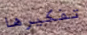
تفكيرها